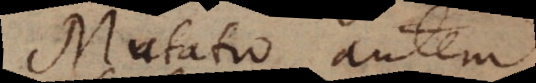
Mutatio autem